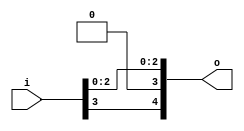
module bsg_unconcentrate_static_17
(
  i,
  o
);

  input [3:0] i;
  output [4:0] o;
  wire [4:0] o;
  wire o_4_,o_2_,o_1_,o_0_;
  assign o[3] = 1'b0;
  assign o_4_ = i[3];
  assign o[4] = o_4_;
  assign o_2_ = i[2];
  assign o[2] = o_2_;
  assign o_1_ = i[1];
  assign o[1] = o_1_;
  assign o_0_ = i[0];
  assign o[0] = o_0_;

endmodule